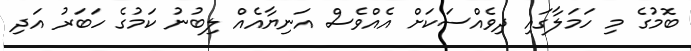
ބޮމުގެ މި ހަމަލާގައި ދިވެއްސަކަށް އެއްވެސް އަނިޔާއެއް ލިބުނު ކަމުގެ ހަބަރު އަދި